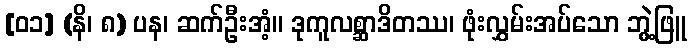
[၀၁] (နိ၊ ၈) ပန၊ ဆက်ဦးအံ့။ ဒုကူလစ္ဆာဒိတဿ၊ ဖုံးလွှမ်းအပ်သော ဘွဲ့ဖြူ